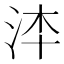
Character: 𣳰